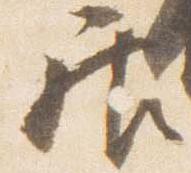
居